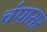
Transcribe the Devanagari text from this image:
चंपासर